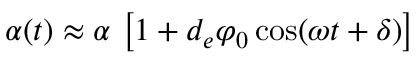
\alpha ( t ) \approx \alpha \, \left[ 1 + d _ { e } \varphi _ { 0 } \cos ( \omega t + \delta ) \right]